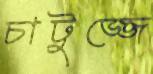
চাটুজ্জে